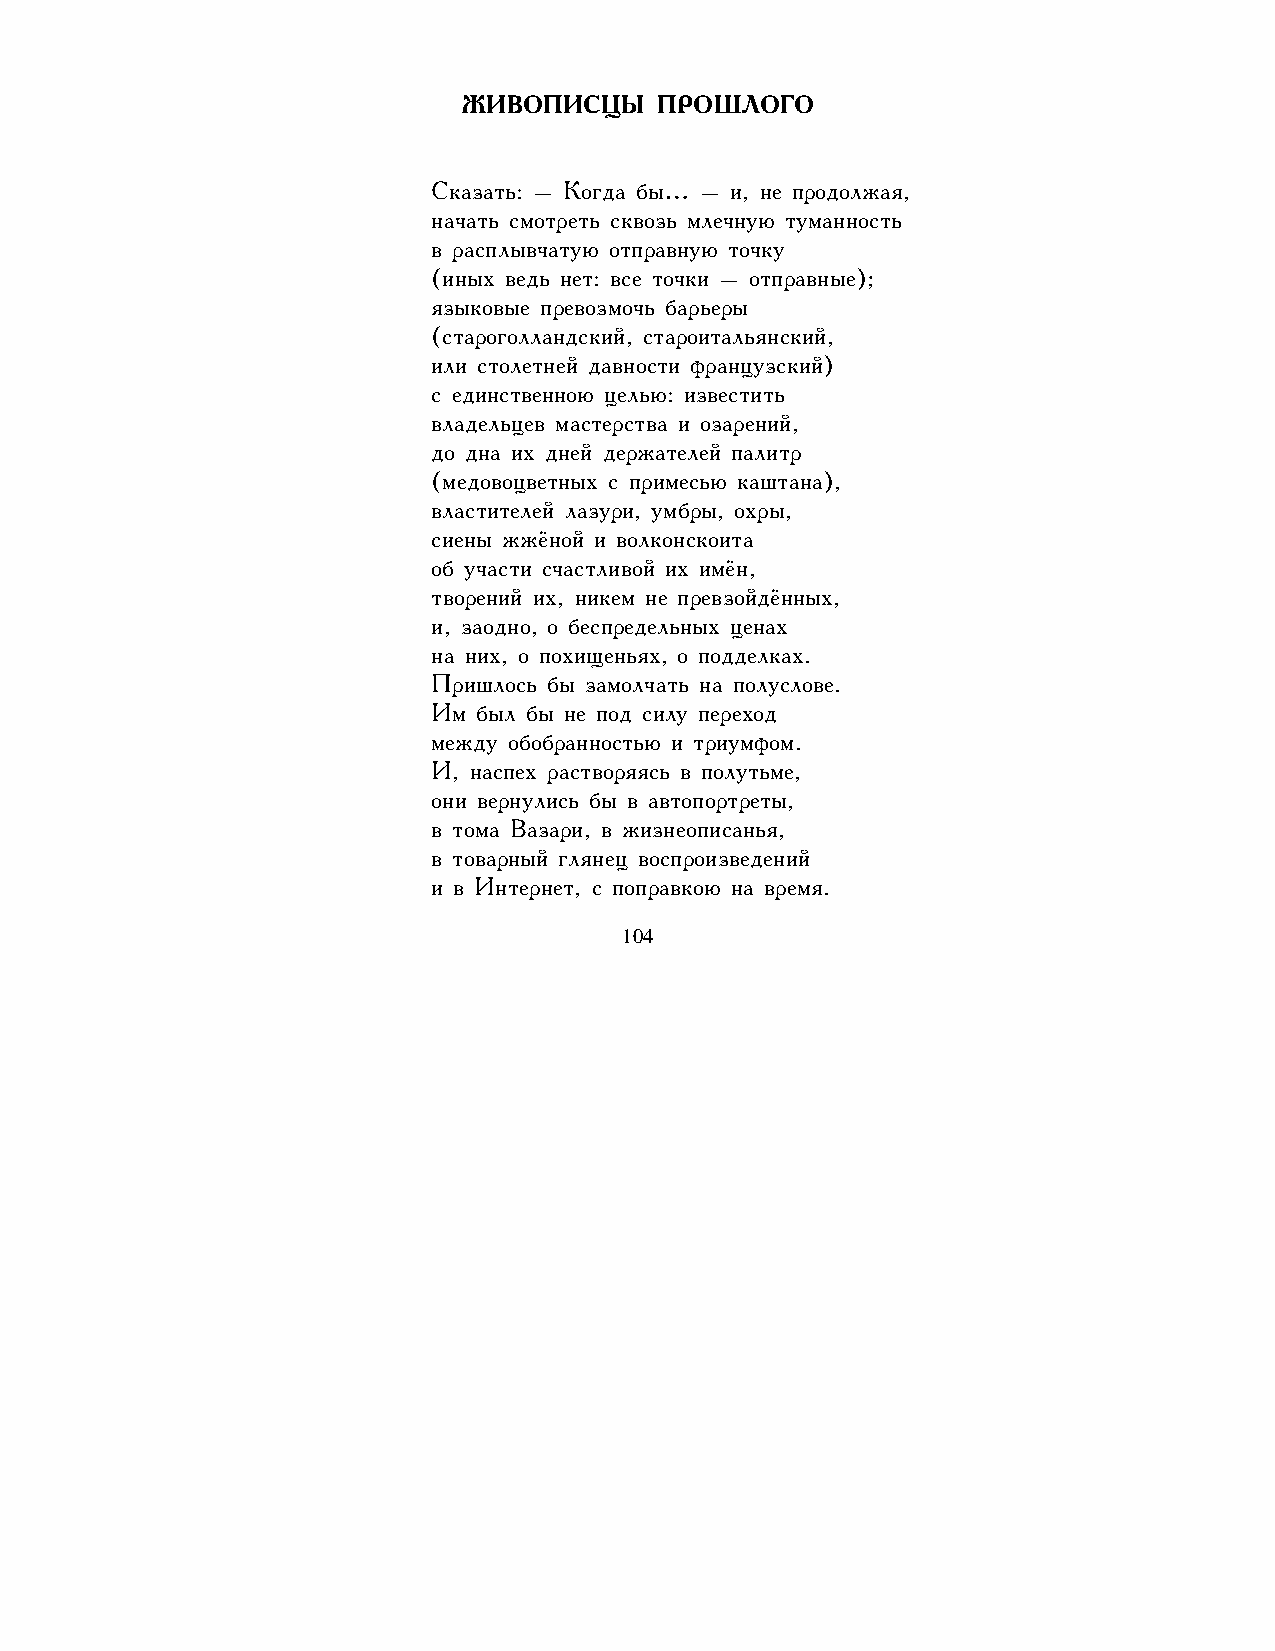
ЖИВОПИСЦЫ    ПРОШЛОГО
 Сказать: – Когда бы… – и, не продолжая,
 начать смотреть сквозь млечную туманность
 в расплывчатую отправную точку
 (иных ведь нет: все точки – отправные);
 языковые превозмочь барьеры
 (староголландский, староитальянский,
 или столетней давности французский)
 с единственною целью: известить
 владельцев мастерства и озарений,
 до дна их дней держателей палитр
 (медовоцветных с примесью каштана),
 властителей лазури, умбры, охры,
 сиены жжёной и волконскоита
 об участи счастливой их имён,
 творений их, никем не превзойдённых,
 и, заодно, о беспредельных ценах
 на них, о похищеньях, о подделках.
 Пришлось бы замолчать на полуслове.
 Им был бы не под силу переход
 между обобранностью и триумфом.
 И, наспех растворяясь в полутьме,
 они вернулись бы в автопортреты,
 в тома Вазари, в жизнеописанья,
 в товарный глянец воспроизведений
 и в Интернет, с поправкою на время.
 104